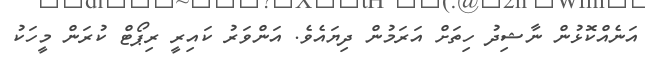
އަނެއްކޮޅުން ނާޝިދު ހިތަށް އަރަމުން ދިޔައެވެ. އަންވަރު ކައިރީ ރިޕޯޓް ކުރަން މީހަކު